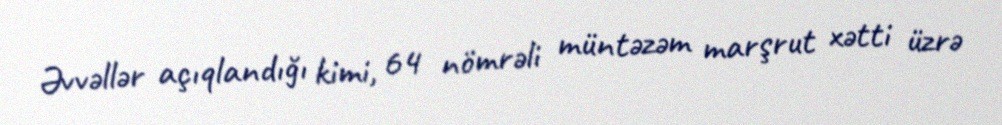
Əvvəllər açıqlandığı kimi, 64 nömrəli müntəzəm marşrut xətti üzrə